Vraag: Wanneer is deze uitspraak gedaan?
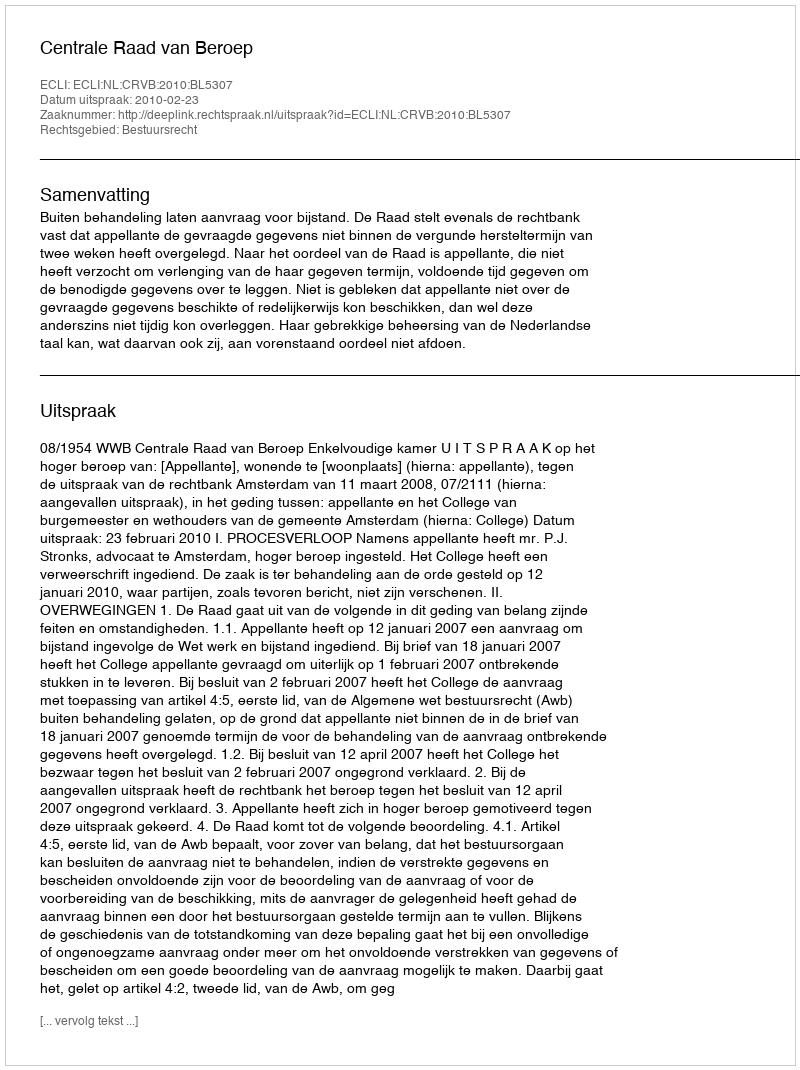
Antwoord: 2010-02-23